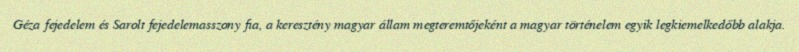
Géza fejedelem és Sarolt fejedelemasszony fia, a keresztény magyar állam megteremtőjeként a magyar történelem egyik legkiemelkedőbb alakja.